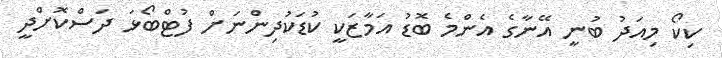
ކިކޯ މިއަދު ބުނީ އޭނާގެ އެންމެ ބޮޑު އަމާޒަކީ ކުޑަކުދިންނަށް ފުޓްބޯޅަ ދަސްކޮށްދީ